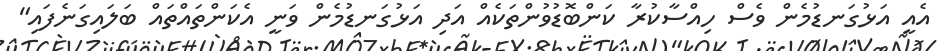
އެއީ އަޅުގަނޑުމެން ވެސް ހިއްސާކުރާ ކަންބޮޑުވުންތަކެއް އަދި އަޅުގަނޑުމެން ވަނީ އެކަންތައްތައް ބަލައިގަނެފައި"